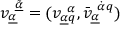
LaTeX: v _ { \underline { { { \alpha } } } } ^ { ~ \underline { { { \tilde { \alpha } } } } } = ( v _ { \underline { { { \alpha } } } q } ^ { ~ \alpha } , \bar { v } _ { \underline { { { \alpha } } } } ^ { ~ \dot { \alpha } q } )